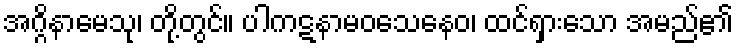
အဂ္ဂိနာမေသု၊ တို့တွင်။ ပါကဋနာမဝသေနေဝ၊ ထင်ရှားသော အမည်၏